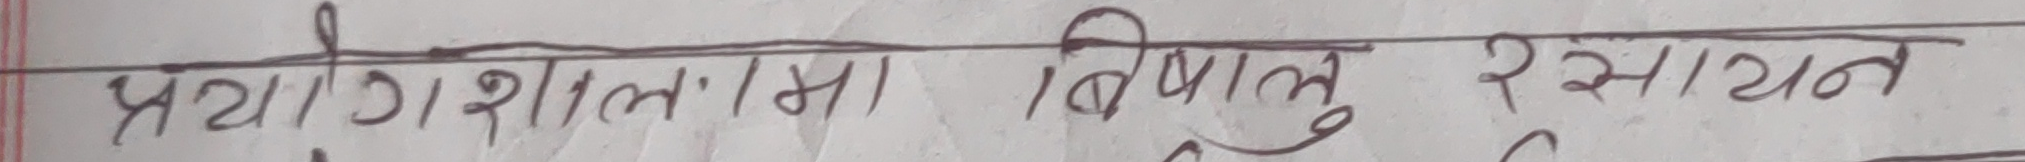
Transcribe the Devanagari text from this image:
प्रयोगशालामा विषाक्त रसायन